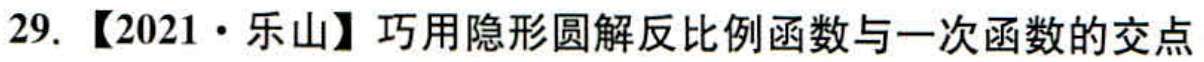
29. 【2021·乐山】巧用隐形圆解反比例函数与一次函数的交点